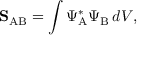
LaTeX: \mathbf { S } _ { \mathrm { A B } } = \int \Psi _ { \mathrm { A } } ^ { * } \Psi _ { \mathrm { B } } \, d V ,